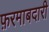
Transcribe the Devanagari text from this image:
फ़रमाबदारी